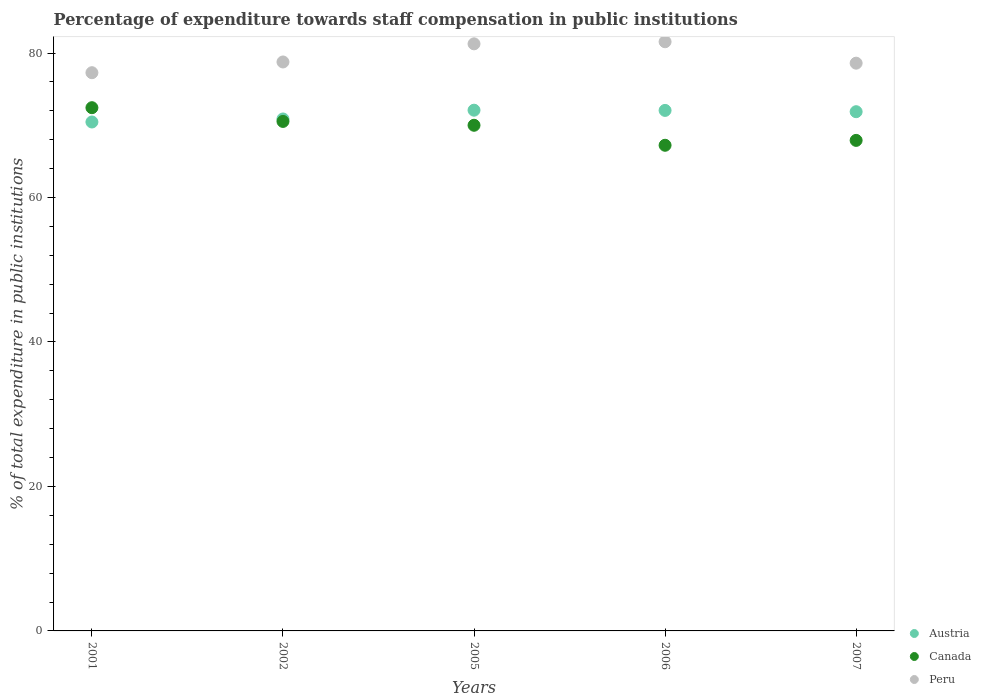
| Years | Austria | Canada | Peru |
 | --- | --- | --- | --- |
 | 2001 | 70.5 | 72.4 | 77.3 |
 | 2002 | 70.9 | 70.5 | 78.8 |
 | 2005 | 72.1 | 70 | 81.3 |
 | 2006 | 72.1 | 67.2 | 81.6 |
 | 2007 | 71.9 | 67.9 | 78.6 |